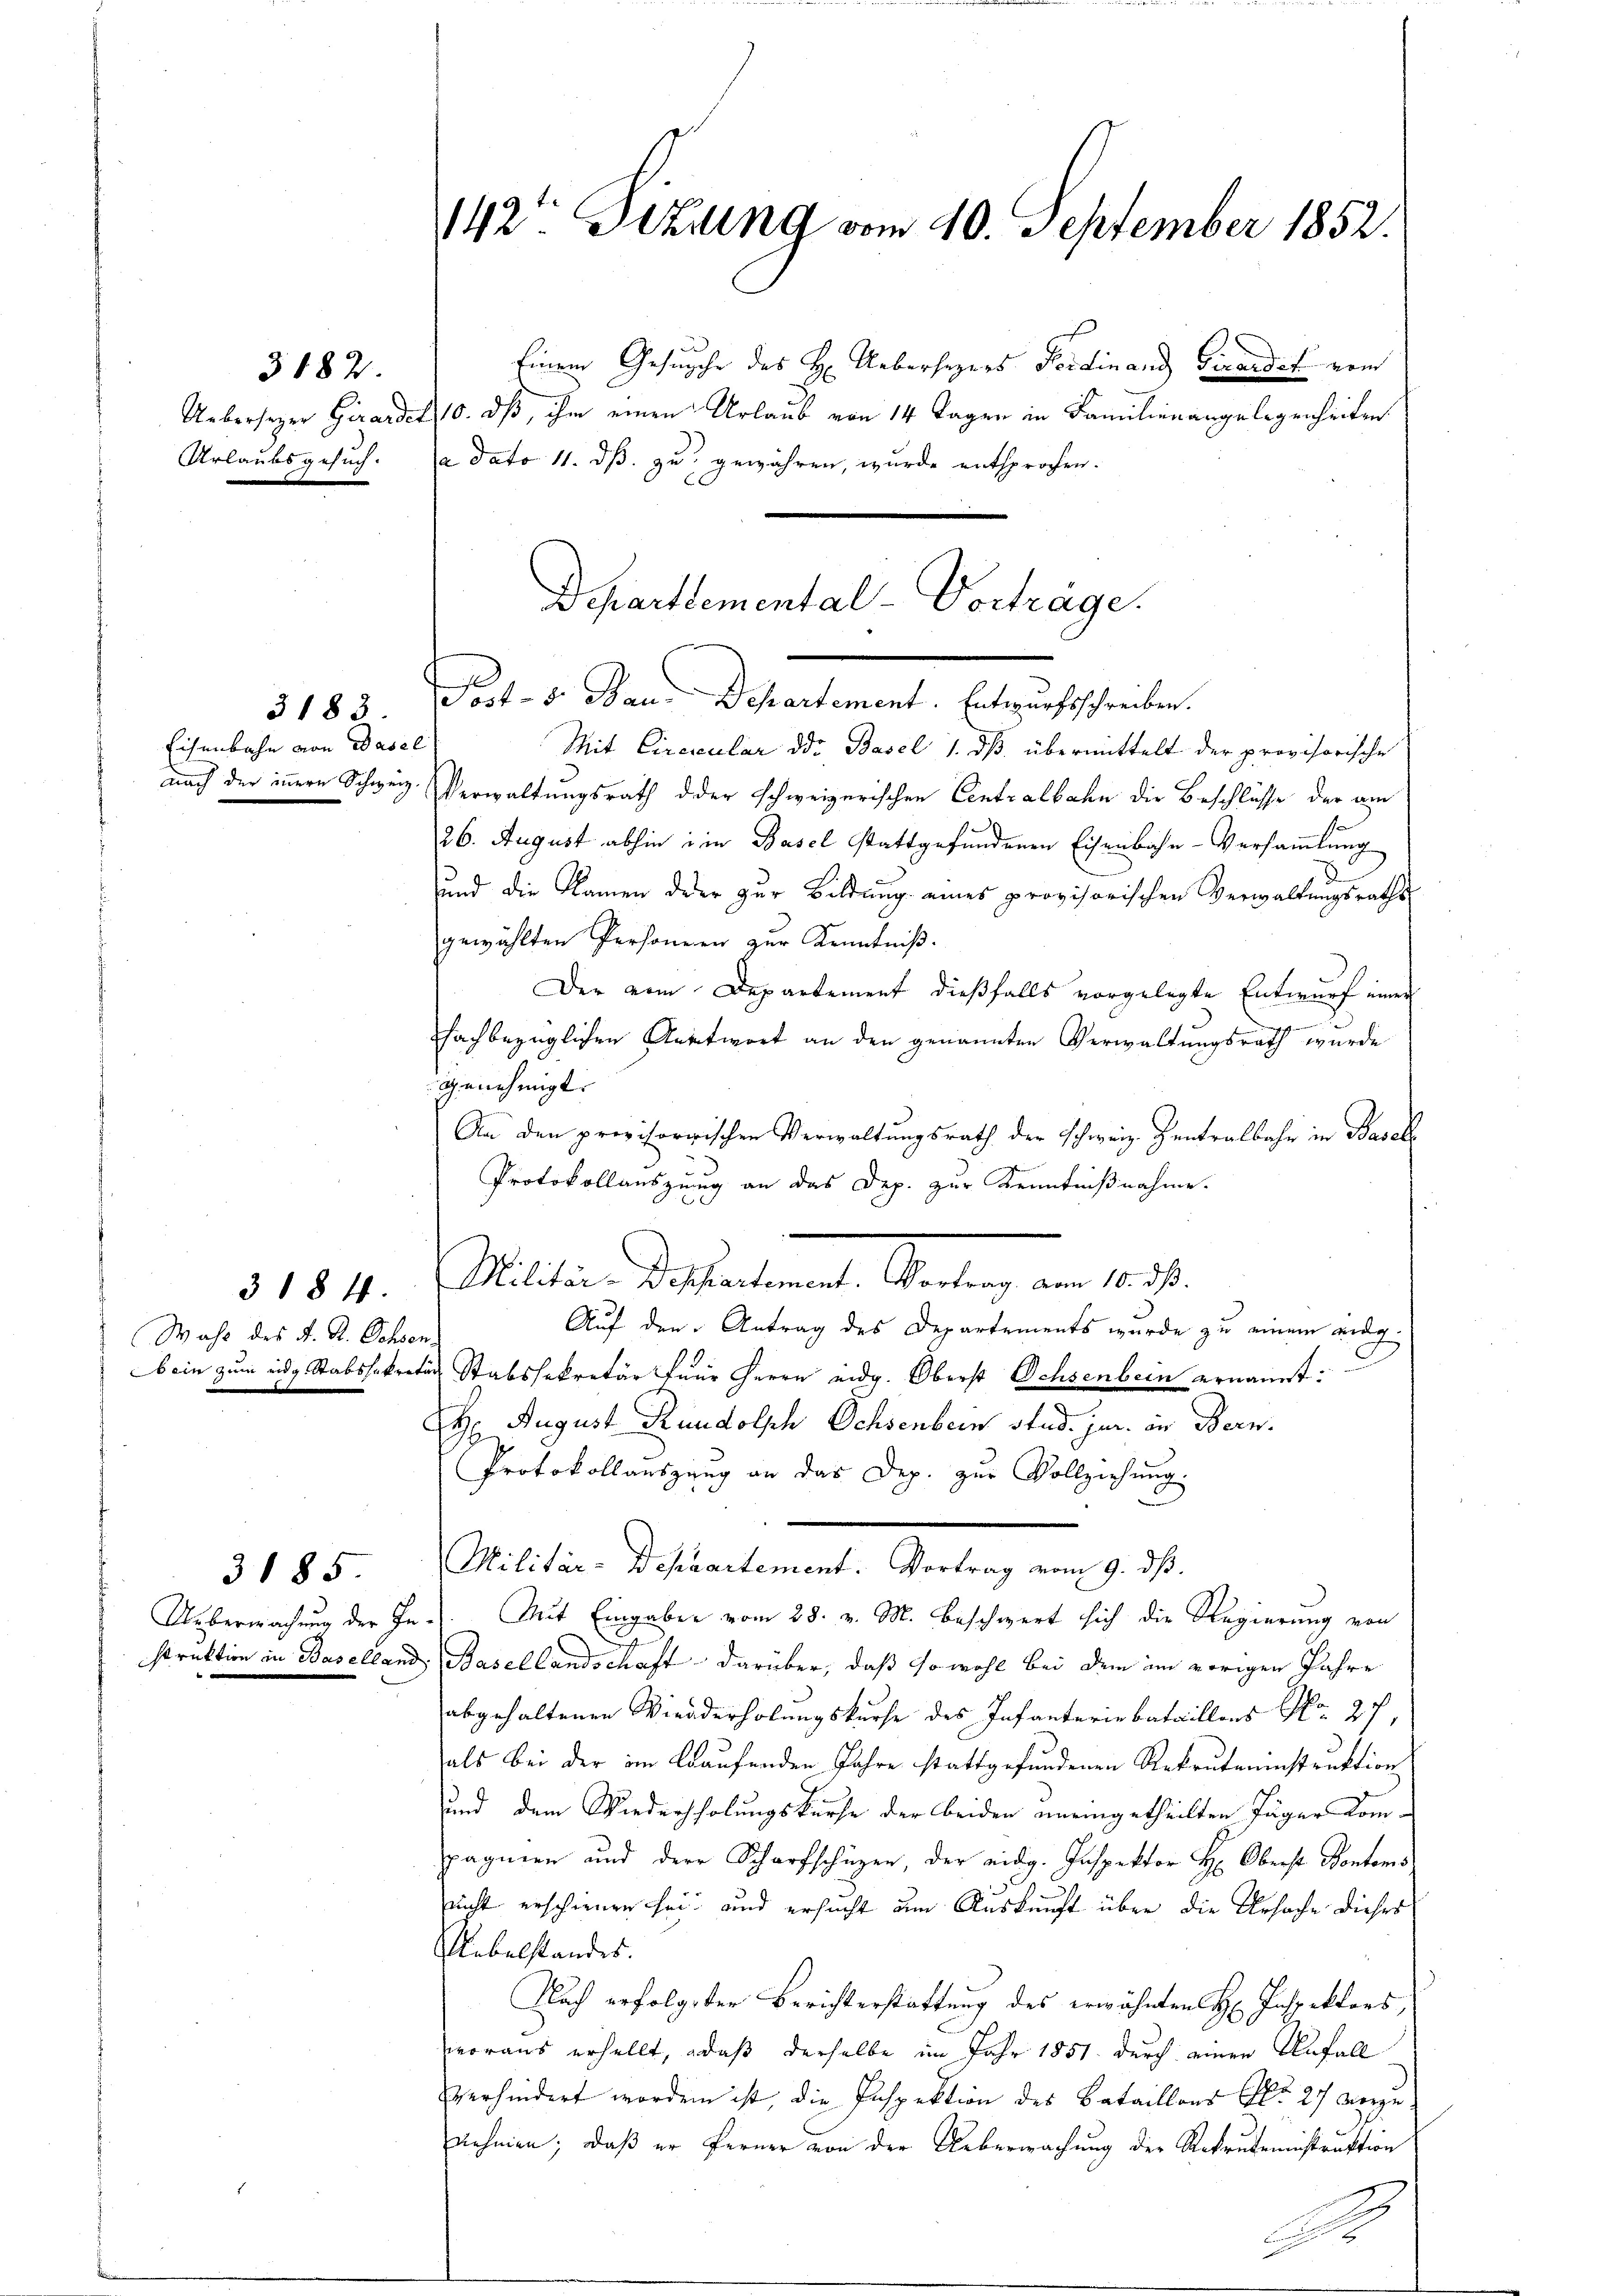
Urlaubsgesuch.

3182.

Eisenbahn von Basel

3183

3184.
Wahl des J. R. Ochsen.

3185

142t Sizung vom 10. September 1852.

Departemental-Vortrage.
d
Jost - 5. Bau-Departement. Entwurfsschreiben.

Einem Gesuche des H. Uebersezers Ferdinand Girardet vom
Uebersezer Girardet, 10. dß, ihm einen Urlaub von 14 Tagen in Familienangelegenheiten
a dato 11. dß. zu gewähren, wurde entsprochen.

Mit Circular d. Basel 1. dβ übermittelt der provisorische
nach der innern Schweiz. Verwaltungsrath dder schweizerischen Centralbahn die Beschlüsse der am
26. August abhin ein Basel stattgefundenen Eisenbahn-Versammlung
8
und die Namen der zur Bildung eines provisorischen Verwaltungsraths
gewählten Personern zur Kenntniß.
Der vom Departement dießfalls vorgelegte Entwurf einer
chachbezüglichen Antwort an den genannten Verwaltungsrath wurde
genehmigt.
An den provisorischen Verwaltungsrath der Schweiz. Zentralbahr in Basel
Protokollauszung an das Dep. zur Kenntnißnahme.
Millin des lesent. Geltung am 1. 2.
Auf den Antrag des Departements wurde zu einem aug
bein zum eidg Stabssekretär Stabssekretär feur Herrn eidg. Oberst Ochsenbein ernannt:
H August Rundolsch Ochsenbern stud. jur. in Bern.
Protokollauszeug an das Dep. zur Vollziehung.
Militen Departement . . . .
Ueberwachung der In.. Mit Eingaben vom 28. v. M. beschwert sich die Regierung von
struktion in Baselland, Basellandschaft darüber, daß sowohl bei dem im vorigen Jahre
abgehaltenen Wiederholungskurse des Infanteriebataillons No. 27,
als bei der im laufenden Jahre stattgefundenen Rekruteninstruktion
und dem Wiederholungskurse der beiden uneingetheilten Jäger komppagnien und der Scharfschüzen, der eidg. Inspektor H: Oberst Pontons
nicht erschienen sei, und ersucht dem Auskunft über die Ursache dieses
Uebelstandes.
Nach erfolgter Berichterstattung des erwähnten H. Inspektors,
woraus erhellt, daß derselbe im Jahr 1851 durch einen Unfall
verhindert worden ist, die Inspektion des Bataillons Art. 27 derzu
nehmen; daß er ferner von der Ueberwachung der Rekrutinistruktion